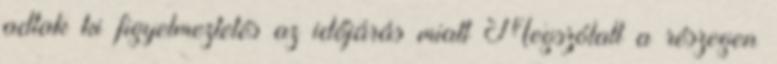
adtak ki figyelmeztetés az időjárás miatt Megszólalt a részegen